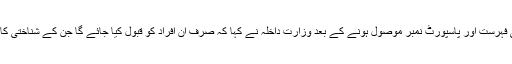
بیان میں کہا گیا کہ ناموں کی فہرست اور پاسپورٹ نمبر موصول ہونے کے بعد وزارت داخلہ نے کہا کہ صرف ان افراد کو قبول کیا جائے گا جن کے شناختی کارڈ نمبر بھی موجود ہوں گے۔